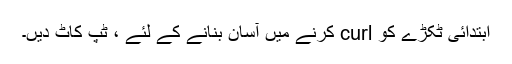
ابتدائی ٹکڑے کو curl کرنے میں آسان بنانے کے لئے ، ٹپ کاٹ دیں۔